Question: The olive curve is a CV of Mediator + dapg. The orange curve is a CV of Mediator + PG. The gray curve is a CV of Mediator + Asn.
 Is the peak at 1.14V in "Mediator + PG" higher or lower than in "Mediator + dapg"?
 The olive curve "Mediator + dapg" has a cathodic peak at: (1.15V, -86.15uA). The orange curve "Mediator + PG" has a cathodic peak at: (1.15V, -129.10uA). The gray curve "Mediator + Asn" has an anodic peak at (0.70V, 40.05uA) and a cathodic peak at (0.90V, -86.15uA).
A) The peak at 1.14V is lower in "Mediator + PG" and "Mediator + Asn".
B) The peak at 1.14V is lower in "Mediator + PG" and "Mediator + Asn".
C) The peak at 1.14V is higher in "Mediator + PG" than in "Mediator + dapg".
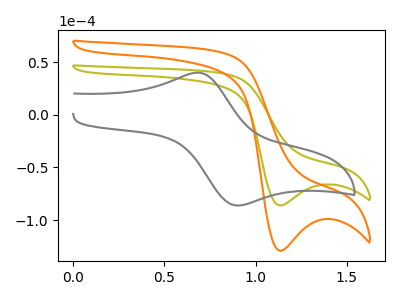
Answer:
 <answer>C) The peak at 1.14V is higher in "Mediator + PG" than in "Mediator + dapg".</answer>
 <eval>C</eval>